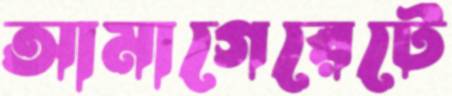
আমাগেরেটে